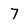
Character: 7